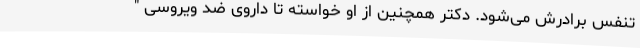
تنفس برادرش می‌شود. دکتر همچنین از او خواسته تا داروی ضد ویروسی "